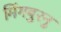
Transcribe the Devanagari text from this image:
मिंगबुरनु